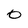
Character: 0